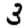
Digit: 3